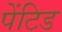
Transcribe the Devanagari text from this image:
पेंटिड